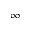
\infty